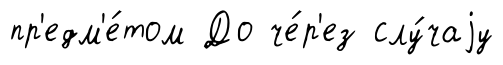
пр'едм'е́том До че́р'ез слу́чаjу